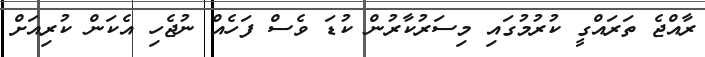
ރާއްޖެ ތަރައްގީ ކުރުމުގައި މިސަރުކާރުން ކުޑަ ވެސް ފަހެއް ނުޖެހި އެކަން ކުރިއަށް